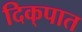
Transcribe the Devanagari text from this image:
दिक्‌पात